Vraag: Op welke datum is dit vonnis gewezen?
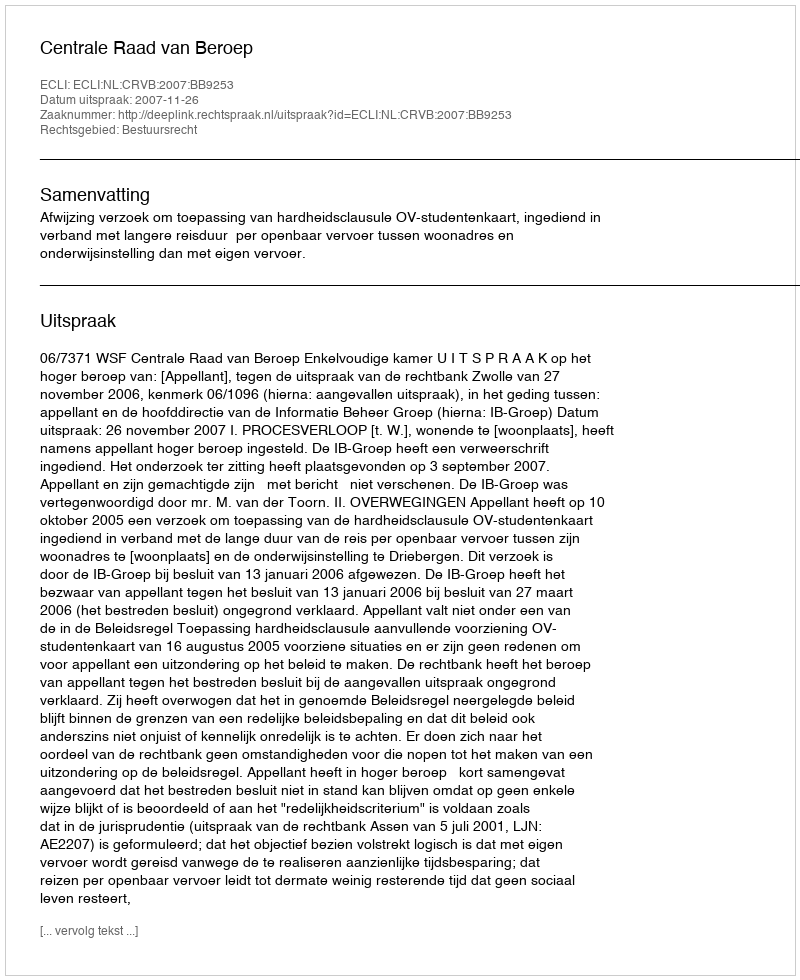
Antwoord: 2007-11-26